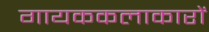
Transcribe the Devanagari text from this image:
गायककलाकारों